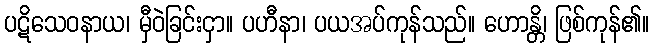
ပဋိသေဝနာယ၊ မှီဝဲခြင်းငှာ။ ပဟီနာ၊ ပယအပ်ကုန်သည်။ ဟောန္တိ၊ ဖြစ်ကုန်၏။